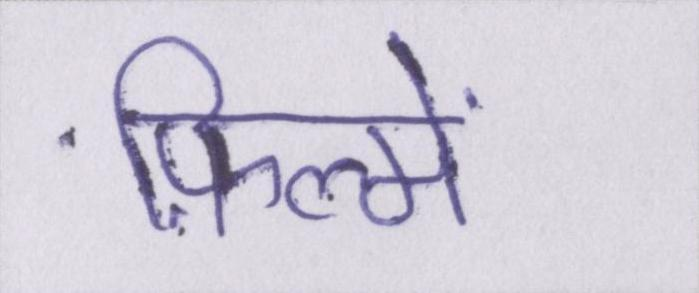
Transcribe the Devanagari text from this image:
फ़िल्में